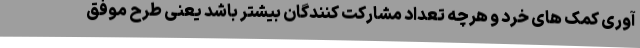
آوری کمک های خرد و هرچه تعداد مشارکت کنندگان بیشتر باشد یعنی طرح موفق